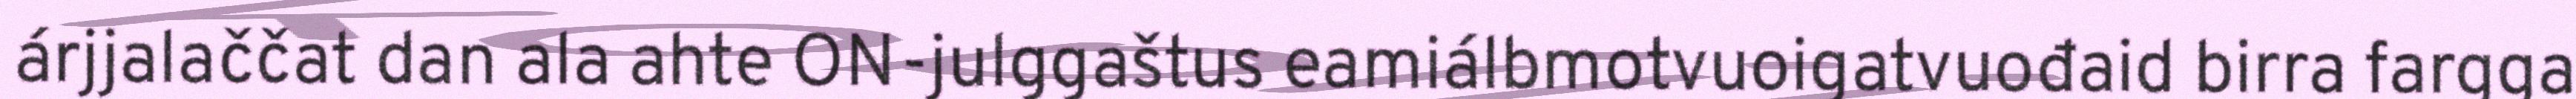
árjjalaččat dan ala ahte ON-julggaštus eamiálbmotvuoigatvuođaid birra fargga